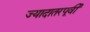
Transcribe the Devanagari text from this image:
ज्यादातरपूर्वी